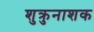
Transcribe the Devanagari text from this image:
शुक्रुनाशक